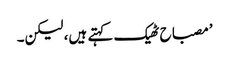
’مصباح ٹھیک کہتے ہیں، لیکن۔